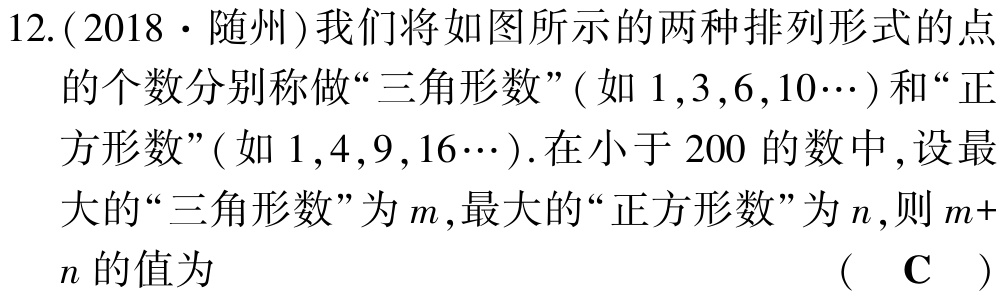
12.(2018·随州)我们将如图所示的两种排列形式的点的个数分别称做“三角形数”(如$1,3,6,10\cdots$)和“正方形数”(如$1,4,9,16\cdots$).在小于$200$的数中,设最大的“三角形数”为$m$,最大的“正方形数”为$n$,则$m+n$的值为 （ $\mathbf{C}$ ）